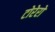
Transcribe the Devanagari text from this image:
टोरेरो